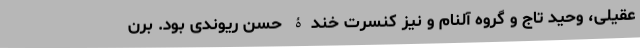
عقیلی، وحید تاج و گروه آلنام و نیز کنسرت خندۀ حسن ریوندی بود. برن